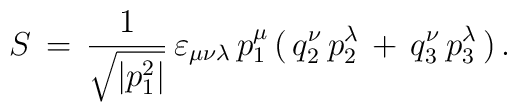
S\,=\,\frac{1}{\sqrt{| p_1^2|}}\,\varepsilon_{\mu \nu \lambda}\,p_1^\mu\,(\,q_2^\nu \,p_2^\lambda\,+\,q_3^\nu \,p_3^\lambda \,)\,{.}